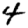
Digit: 4